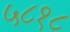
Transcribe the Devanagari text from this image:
५८१८